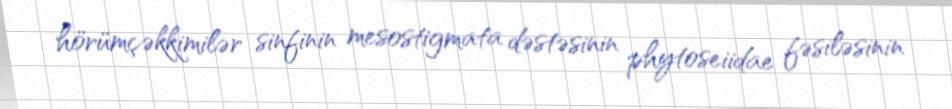
hörümçəkkimilər sinfinin mesostigmata dəstəsinin phytoseiidae fəsiləsinin